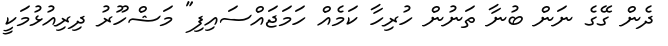
ދެން ގޭގެ ނަން ބުނާ ތަނުން ހުރިހާ ކަމެއް ހަމަޖައްސައިފި" މަޝްހޫރު ދިރިއުޅުމަކީ